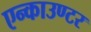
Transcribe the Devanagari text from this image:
एन्काउण्टर